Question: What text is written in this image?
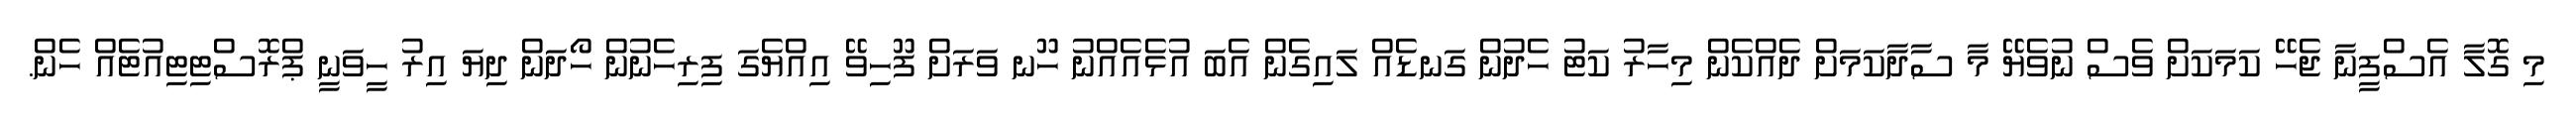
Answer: މި ގޮލާ އެސްފީނާ ޖެހޭ ކަމަކަށް ވެސް ނުވެޔޭ މާ ސާދާކަމަށް ދެއްކެން މިހާރު ކަޓު ހެދުން ގަނޑެއް ލައިގެން އެބަ އުޅެއެއްނު ހޫނ ވަރަށް ފޫހިވޭ އިއްޔެގަ ފިރިހެނުން ހޯދަން ދިޔަ އިރު ހީވަނީ ޕްރޮސްޓިޓިއުޓެއް ހެން.